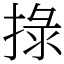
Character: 𢮑